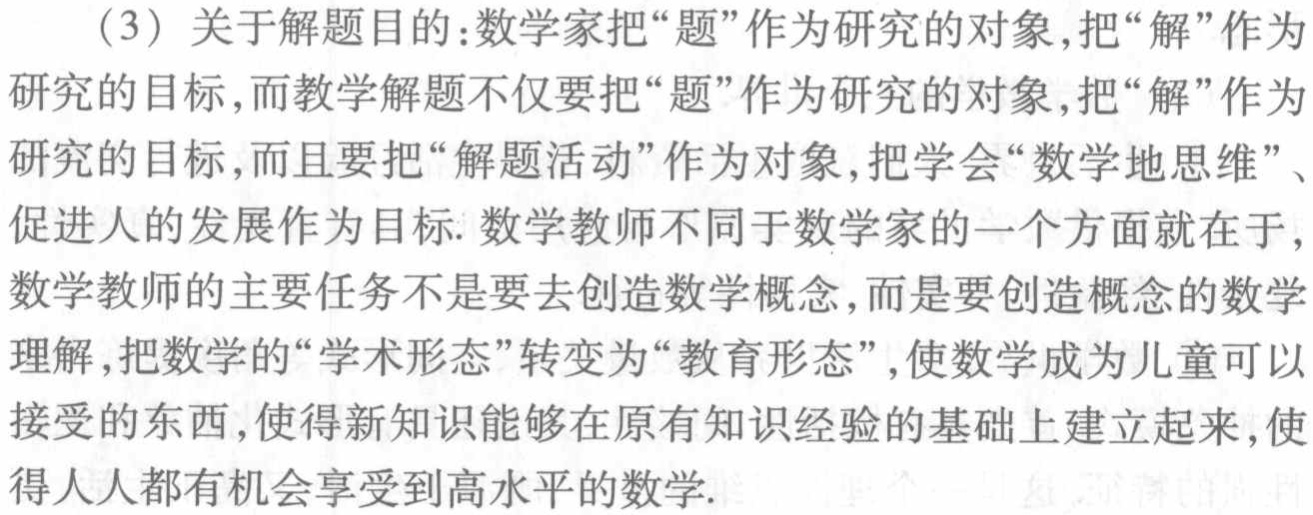
418.敌我双方相距62.75公里，据侦察员报告，敌人已向我处前进11公里，我军随即出发迎击。每小时行6.5公里，敌人每小时行5公里，我军出发几小时后与敌人相遇？